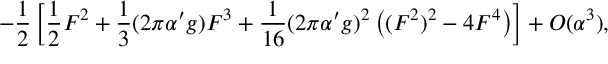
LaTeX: - \frac { 1 } { 2 } \left[ \frac { 1 } { 2 } F ^ { 2 } + \frac { 1 } { 3 } ( 2 \pi \alpha ^ { \prime } g ) F ^ { 3 } + \frac { 1 } { 1 6 } ( 2 \pi \alpha ^ { \prime } g ) ^ { 2 } \left( ( F ^ { 2 } ) ^ { 2 } - 4 F ^ { 4 } \right) \right] + { \cal O } ( \alpha ^ { 3 } ) ,